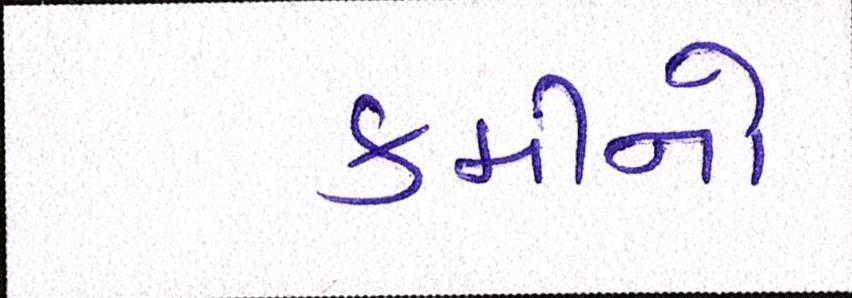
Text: કમીનો